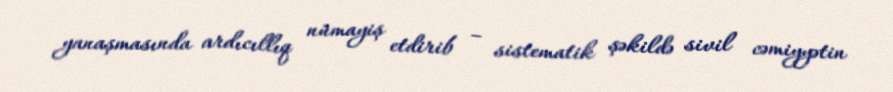
yanaşmasında ardıcıllıq nümayiş etdirib – sistematik şəkildə sivil cəmiyyətin